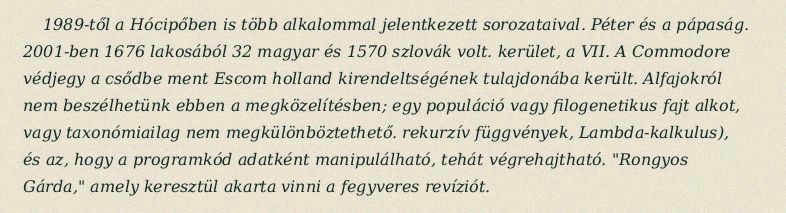
1989-től a Hócipőben is több alkalommal jelentkezett sorozataival. Péter és a pápaság. 2001-ben 1676 lakosából 32 magyar és 1570 szlovák volt. kerület, a VII. A Commodore védjegy a csődbe ment Escom holland kirendeltségének tulajdonába került. Alfajokról nem beszélhetünk ebben a megközelítésben; egy populáció vagy filogenetikus fajt alkot, vagy taxonómiailag nem megkülönböztethető. rekurzív függvények, Lambda-kalkulus), és az, hogy a programkód adatként manipulálható, tehát végrehajtható. "Rongyos Gárda," amely keresztül akarta vinni a fegyveres revíziót.